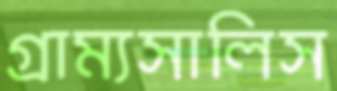
গ্রাম্যসালিস